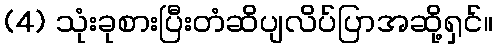
(4) သုံးခုစားပြီးတံဆိပျလိပ်ပြာအဆို့ရှင်။